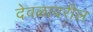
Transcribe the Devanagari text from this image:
देवळावरील